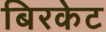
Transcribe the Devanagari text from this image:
बिरकेट